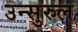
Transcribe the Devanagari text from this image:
उन्सुरुल